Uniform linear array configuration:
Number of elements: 24
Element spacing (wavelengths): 1
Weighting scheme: binomial
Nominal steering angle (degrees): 15
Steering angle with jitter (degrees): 16.525
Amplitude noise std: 0.05
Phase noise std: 0.05

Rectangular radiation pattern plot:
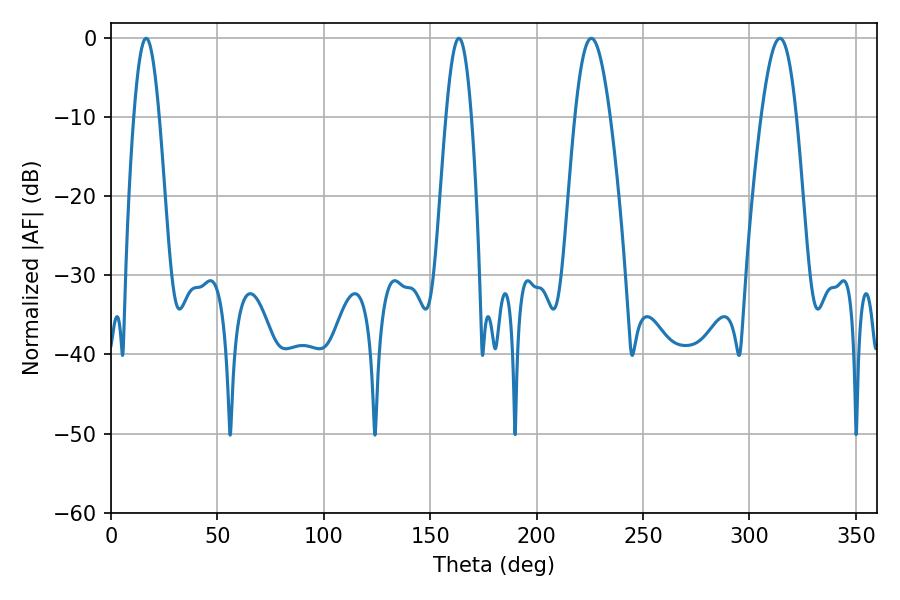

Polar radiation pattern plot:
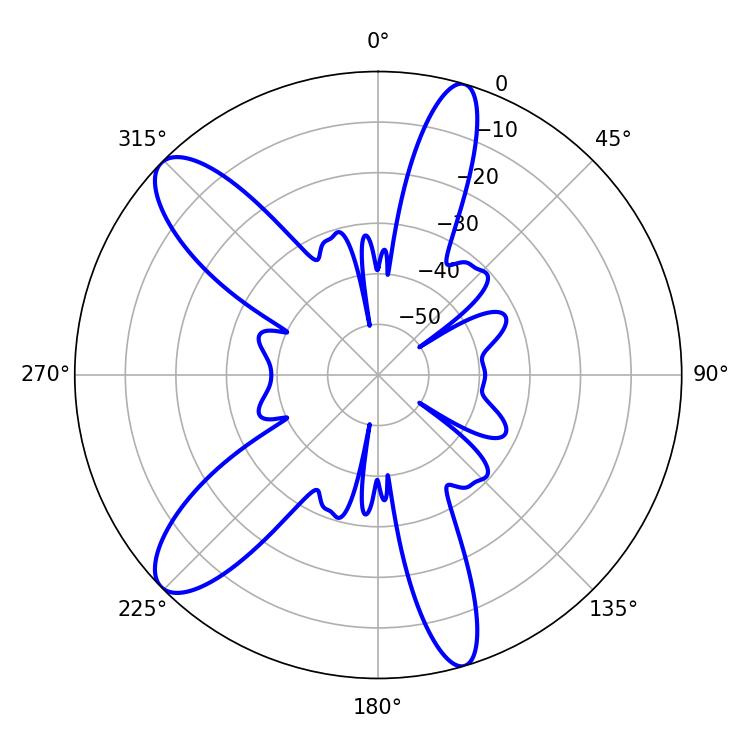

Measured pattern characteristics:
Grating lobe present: TRUE
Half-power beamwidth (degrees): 9
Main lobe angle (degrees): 225.72